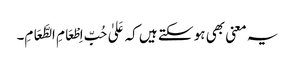
یہ معنی بھی ہو سکتے ہیں کہ عَلیٰ حُبِّ اِطْعَامِ الطَّعَامِ۔